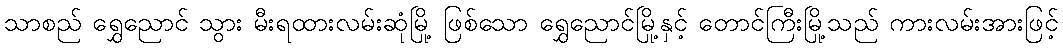
သာစည် ရွှေညောင် သွား မီးရထားလမ်းဆုံမြို့ ဖြစ်သော ရွှေညောင်မြို့နှင့် တောင်ကြီးမြို့သည် ကားလမ်းအားဖြင့်